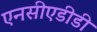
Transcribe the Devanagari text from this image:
एनसीएडीडी